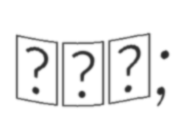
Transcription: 新灣鎮;